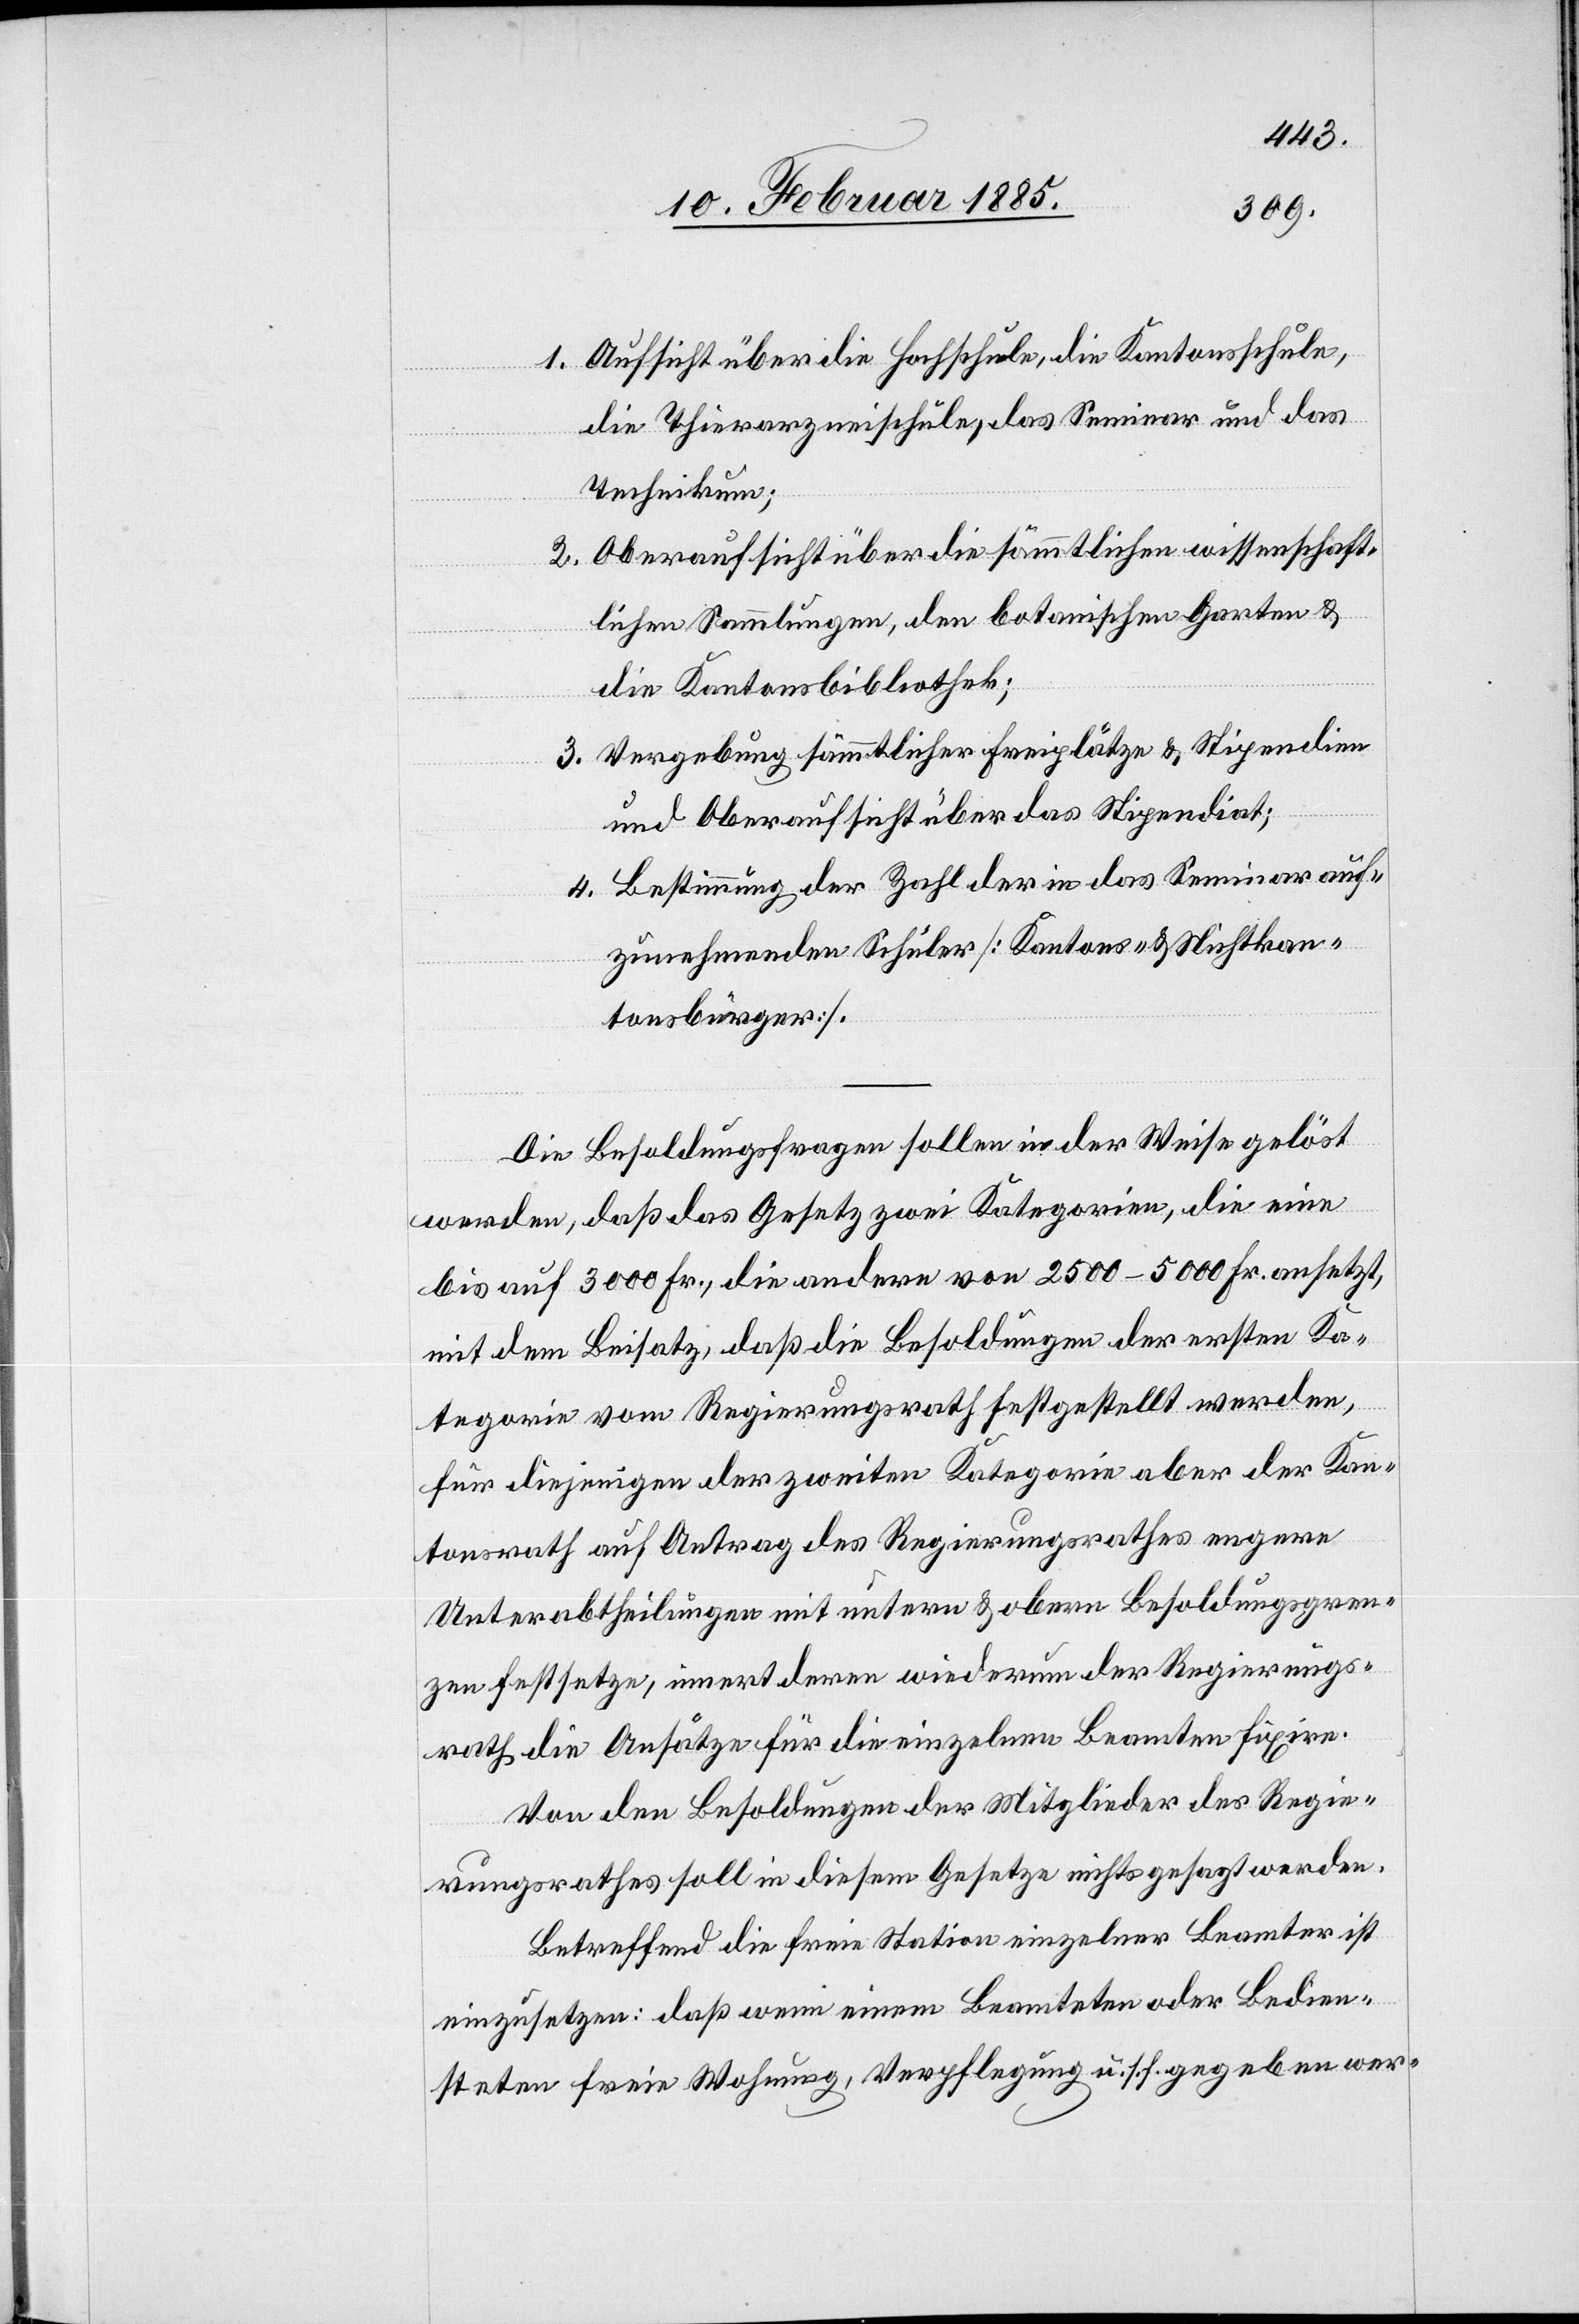
1. Aufsicht über die Hochschule, die Kantonsschule,
die Thierarzneischule, das Seminar und das
Technikum;
2.Oberaufsicht über die sämmtlichen wissenschaft¬
lichen Sammlungen, den botanischen Garten &
die Kantonsbibliothek;
3. Vergebung sämmtlicher Freiplätze & Stipendien
und Oberaufsicht über das Stipendiat;
4. Bestimmung der Zahl der in das Seminar auf¬
zunehmenden Schüler [Kantons- & Nichtkan¬
tonsbürger].
Die Besoldungsfrage sollen in der Weise gelöst
werden, daß das Gesetz zwei Kategorien, die eine
bis auf 3000 Fr., die andere von 2500–5000 Fr. ansetzt,
mit dem Beisatz, daß die Besoldungen der ersten Ka¬
tegorie vom Regierungsrath festgestellt werden,
für diejenigen der zweiten Kategorie aber der Kan¬
tonsrath auf Antrag des Regierungsrathes engere
Unterabtheilungen mit untern & obern Besoldungsgren¬
zen festsetze, innert deren wiederum der Regierungs¬
rath die Ansätze für die einzelnen Beamten fixire.
Von den Besoldungen der Mitglieder des Regie¬
rungsrathes soll in diesem Gesetze nichts gesagt werden.
Betreffend die freie Station einzelner Beamter ist
einzusetzen: Daß wenn einem Beamteten oder Bedien¬
steten freie Wohnung, Verpflegung u. s. f. gegeben wer-